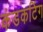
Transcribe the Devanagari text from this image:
कंडकटिंग